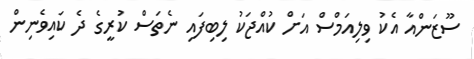
ސޫޒަންއާ އެކު ވިލިއަމްސް އަށް ކުއްޖަކު ލިބިފައި ނެތަސް ކުރީގެ ދެ ކައިވެނިން